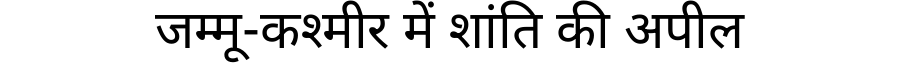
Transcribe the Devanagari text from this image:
जम्मू-कश्मीर में शांति की अपील